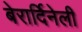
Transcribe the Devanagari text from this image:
बेरार्दिनेली